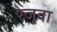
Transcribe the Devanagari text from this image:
रेजुवा